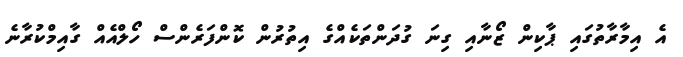
އެ އިމާރާތުގައި ޕާކިން ޒޯނާއި ގިނަ ގުދަންތަކެއްގެ އިތުރުން ކޮންފަރެންސް ހޯލްއެއް ގާއިމްކުރާނެ